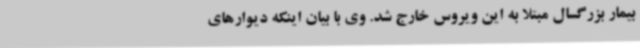
بیمار بزرگسال مبتلا به این ویروس خارج شد. وی با بیان اینکه دیوارهای